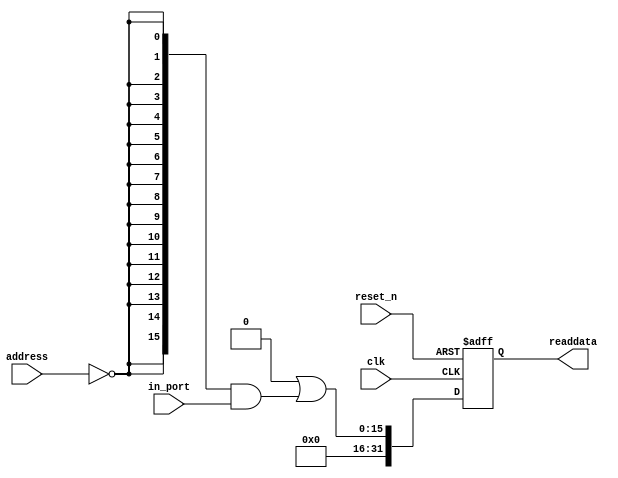
module jaxa_linkStatus (
                         // inputs:
                          address,
                          clk,
                          in_port,
                          reset_n,

                         // outputs:
                          readdata
                       )
;

  output  [ 31: 0] readdata;
  input   [  1: 0] address;
  input            clk;
  input   [ 15: 0] in_port;
  input            reset_n;


wire             clk_en;
wire    [ 15: 0] data_in;
wire    [ 15: 0] read_mux_out;
reg     [ 31: 0] readdata;
  assign clk_en = 1;
  //s1, which is an e_avalon_slave
  assign read_mux_out = {16 {(address == 0)}} & data_in;
  always @(posedge clk or negedge reset_n)
    begin
      if (reset_n == 0)
          readdata <= 0;
      else if (clk_en)
          readdata <= {32'b0 | read_mux_out};
    end


  assign data_in = in_port;

endmodule